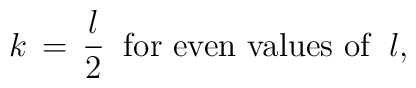
k\, =\, \frac l2\;\; \hbox{for even values of}\;\; l,